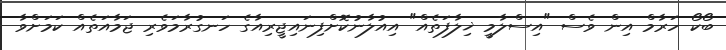
ބޯކޯ ހަރާމް އިން ވެސް "އިސްލާމީ ޚިލާފަތެއް" އިއުލާނުކޮށްފިނައިޖީރިއާގެ ހަނގުރާމަވެރި ޖަމާއަތެއް ކަމަށްވާ